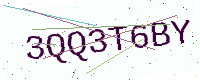
Text: 3QQ3T6BY